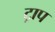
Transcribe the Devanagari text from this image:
ट्राप